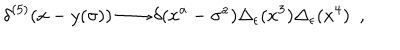
\delta ^ { ( 5 ) } ( x - y ( \sigma ) ) \longrightarrow \delta ( x ^ { a } - \sigma ^ { a } ) \Delta _ { \epsilon } ( x ^ { 3 } ) \Delta _ { \epsilon } ( x ^ { 4 } ) \ \ ,